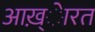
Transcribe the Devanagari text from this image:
आख़्ेारत